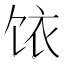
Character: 饻